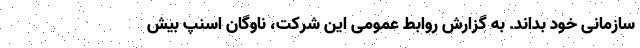
سازمانی خود بداند. به گزارش روابط عمومی این شرکت، ناوگان اسنپ بیش